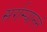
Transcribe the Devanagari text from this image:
सर्गस्यानने